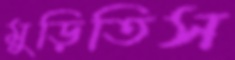
মুড়িতিস